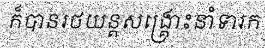
ក៏បានរថយន្តសង្គ្រោះនាំទារក